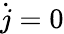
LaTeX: {\dot{j}}=0